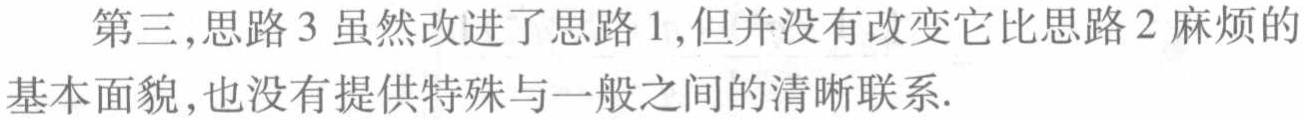
第三,思路3虽然改进了思路1,但并没有改变它比思路2麻烦的基本面貌,也没有提供特殊与一般之间的清晰联系.